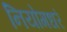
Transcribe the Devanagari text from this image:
नियोगधरं